Black-water fever - Number 35
Disease focus: Fever
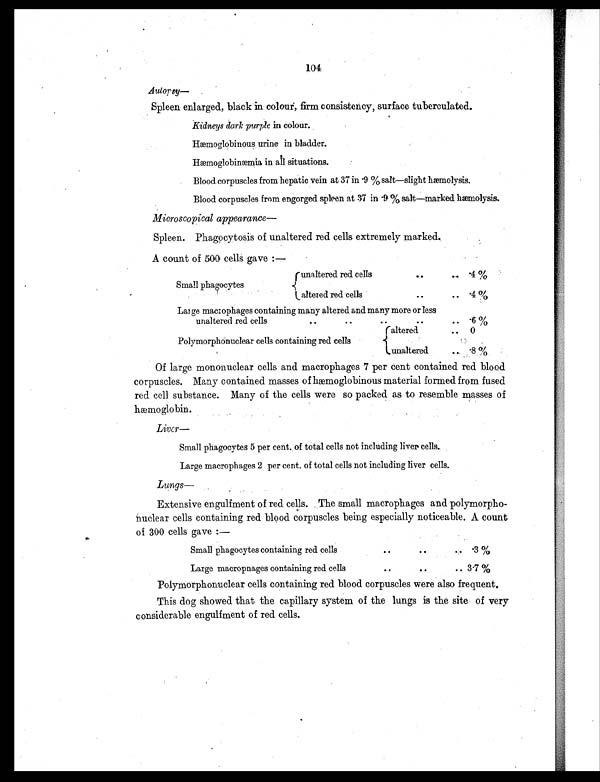
104
Autopsy —
Spleen enlarged, black in colour, firm consistency, surface tuberculated.
Kidneys dark purple in colour.
Hæmoglobinous , urine in bladder.
Hæmo g l o b i n æmi a i n a l l s i t u a t i o n s .
Blood corpuscles from hepatic vein at 37 in .9 % salt—slight hæmolysis.
Blood corpuscles from engorged spleen at 37 in .9 % salt—marked hæmolysis.
Microscopical appearance
Spleen. Phagocytosis of unaltered red cells extremely marked.
A count of 500 cells gave :—
Small phagocytes
unaltered red cells
altered red cells
..
. .
..
..
. 4
.4 %
Large macrophages containing many altered and many more or less
unaltered red cells
..
.. ..
.. . 6 %
Polymorphonuclear cells containing red cells
altered
unaltered
..
. .
0
. 8
Of large mononuclear cells and macrophages 7 per cent contained red blood
corpuscles. Many contained masses of hæmoglobinous material formed from fused
red cell substance. Many of the cells were so packed as to resemble masses of
hæmoglobin.
Liver—
Small phagocytes 5 per cent, of total cells not including liver, cells.
Large macrophages 2 per cent, of total cells not including liver cells.
Lungs—
Extensive engulfment of red cells. The small macrophages and polymorpho-
nuclear cells containing red blood corpuscles being especially noticeable. A count
of 300 cells gave :—
Small phagocytes containing red cells
. .
. .
. . .3 %
Large macrophages containing red cells
..
. .
.. 3.7 %
Polymorphonuclear cells containing red blood corpuscles were also frequent.
This dog showed that the capillary system of the lungs is the site of very
considerable engulfment of red cells.